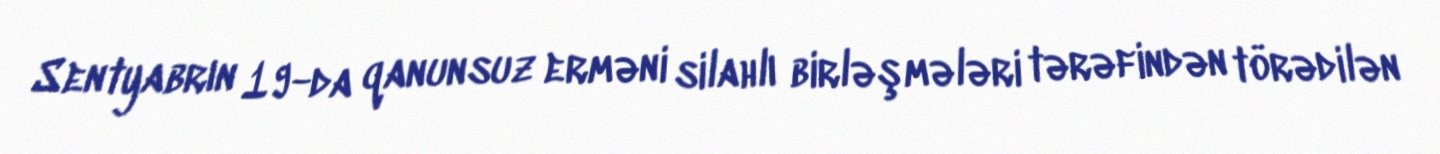
Sentyabrın 19-da qanunsuz erməni silahlı birləşmələri tərəfindən törədilən